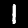
Digit: 1